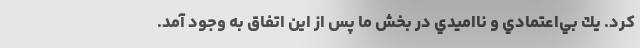
كرد. يك بي‌اعتمادي و نااميدي در بخش ما پس از اين اتفاق به وجود آمد.